Annual administration report of the Civil Veterinary Department of India - 1895-1896
Year: 1895
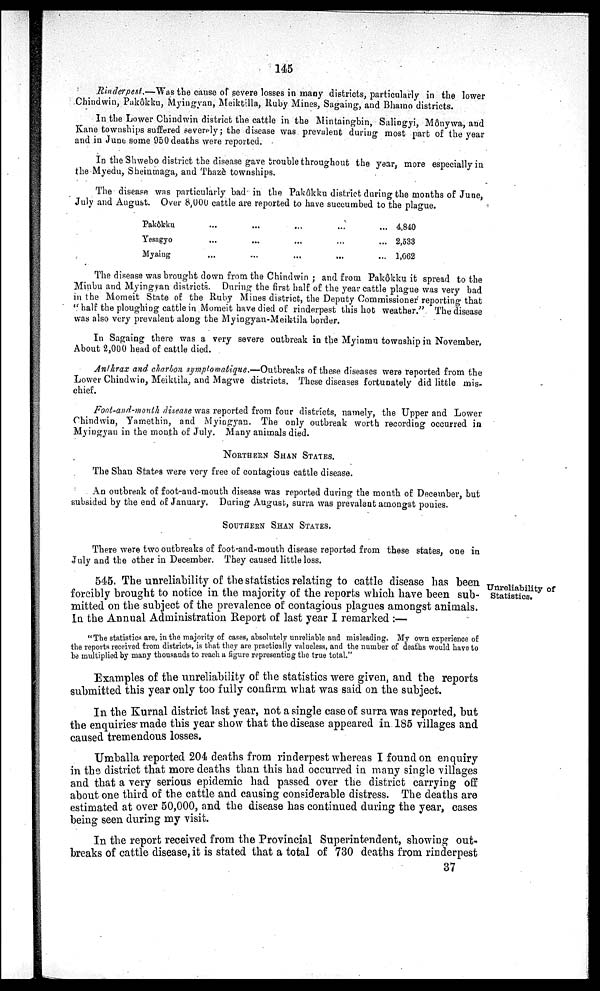
145
Rinderpest.—Was the cause of severe losses in many districts, particularly in the lower
Chindwin, Pakôkka, Myingyan, Meiktilla, Ruby Mines, Sagaing, and Bhamo districts.
In the Lower Chindwin district the cattle in the Mintaingbin, Salingyi, Mônywa, and
Kane townships suffered severely; the disease was prevalent during most part of the year
and in June some 950 deaths were reported.
In the Shwebo district the disease gave trouble throughout the year, more especially in
the Myedu, Sheinmaga, and Thazé townships.
The disease was particularly bad in the Pakôkku district during the months of June,
July and August. Over 8,000 cattle are reported to have succumbed to the plague.
Pakôkku
Yesagyo
Myaing
...
...
...
...
...
...
...
...
...
...
...
...
...
...
...
4,840
2,533
1,062
The disease was brought down from the Chindwin; and from Pakôkku it spread to the
Minbu and Myingyan districts. During the first half of the year cattle plague was very bad
in the Momeit State of the Ruby Mines district, the Deputy Commissioner reporting that
"half the ploughing cattle in Momeit have died of rinderpest this hot weather." The disease
was also very prevalent along the Myingyan-Meiktila border.
In Sagaing there was a very severe outbreak in the Myinmu township in November,
About 2,000 head of cattle died.
Anthrax and charbon symplomatique.—Outbreaks of these diseases were reported from the
Lower Chindwin, Meiktila, and Magwe districts. These diseases fortunately did little mis-
chief.
Foot-and-mouth disease was reported from four districts, namely, the Upper and Lower
Chindwin, Yamethin, and Myingyan. The only outbreak worth recording occurred in
Myingyan in the mouth of July. Many animals died.
NORTHERN SHAN STATES.
The Shan States were very free of contagious cattle disease.
An outbreak of foot-and-mouth disease was reported during the month of December, but
subsided by the end of January. During August, surra was prevalent amongst ponies.
SOUTHERN SHAN STATES.
There were two outbreaks of foot-and-mouth disease reported from these states, one in
July and the other in December. They caused little loss.
Unreliability of
Statistics.
545. The unreliability of the statistics relating to cattle disease has been
forcibly brought to notice in the majority of the reports which have been sub-
mitted on the subject of the prevalence of contagious plagues amongst animals.
In the Annual Administration Report of last year I remarked:—
"The statistics are, in the majority of cases, absolutely unreliable and misleading. My own experience of
the reports received from districts, is that they are practically valueless, and the number of deaths would have to
be multiplied by many thousands to reach a figure representing the true total."
Examples of the unreliability of the statistics were given, and the reports
submitted this year only too fully confirm, what was said on the subject.
In the Kurnal district last year, not a single case of surra was reported, but
the enquiries made this year show that the disease appeared in 185 villages and
caused tremendous losses.
Umballa reported 204 deaths from rinderpest whereas I found on enquiry
in the district that more deaths than this had occurred in many single villages
and that a very serious epidemic had passed over the district carrying off
about one third of the cattle and causing considerable distress. The deaths are
estimated at over 50,000, and the disease has continued during the year, cases
being seen during my visit.
In the report received from the Provincial Superintendent, showing out-
breaks of cattle disease, it is stated that a total of 730 deaths from rinderpest
37